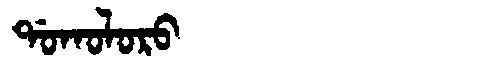
Manchu: ᡩᠣᡴᠣᠯᠣᡵᠣ
Romanization: DOKOLORO